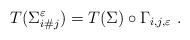
LaTeX: \begin{align*} T(\Sigma_{i\#j}^\varepsilon) = T(\Sigma) \circ \Gamma_{i,j,\varepsilon} \ .\end{align*}